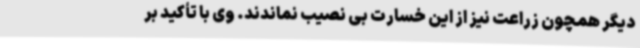
دیگر همچون زراعت نیز از این خسارت بی نصیب نماندند. وی با تأکید بر